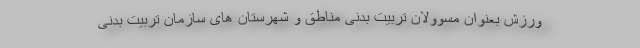
ورزش بعنوان مسوولان تربیت بدنی مناطق و شهرستان های سازمان تربیت بدنی